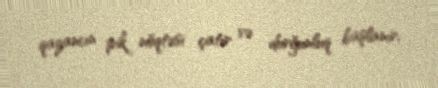
qazancın pik nöqtəsi çatır və durğunluq başlanır.